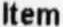
ITEM